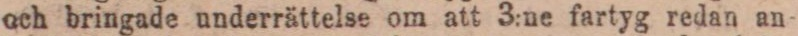
och bringade underrättelse om att 3:ne fartyg redan an-